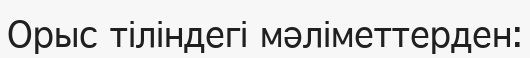
Орыс тіліндегі мәліметтерден: